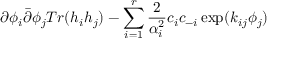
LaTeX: \partial \phi _ { i } \bar { \partial } \phi _ { j } T r ( h _ { i } h _ { j } ) - \sum _ { i = 1 } ^ { r } \frac { 2 } { \alpha _ { i } ^ { 2 } } c _ { i } c _ { - i } \exp ( k _ { i j } \phi _ { j } )